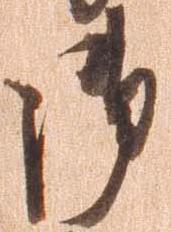
御